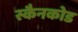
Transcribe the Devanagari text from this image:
स्कैनकोड